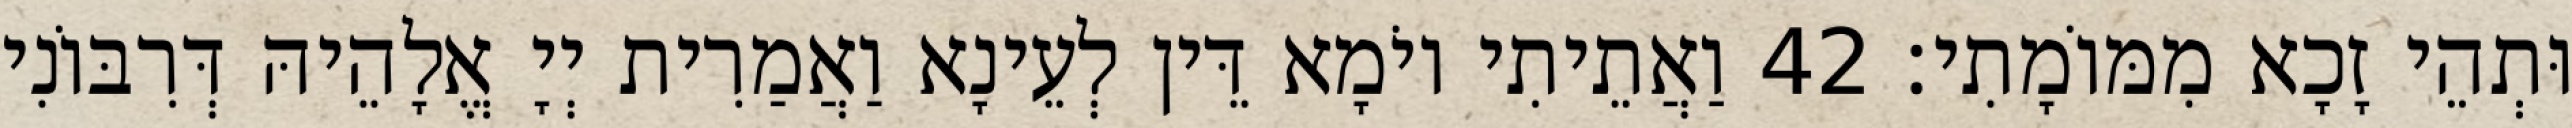
וּתְהֵי זָכָא מִמּוֹמָתִי׃ 42 וַאֲתֵיתִי יוֹמָא דֵּין לְעֵינָא וַאֲמַרִית יְיָ אֱלָהֵיהּ דְּרִבּוֹנִי